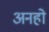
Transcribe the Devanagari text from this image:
अनहो